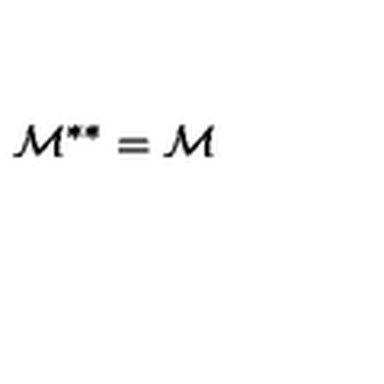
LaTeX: \mathcal { M } ^ { \ast \ast } = \mathcal { M }